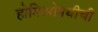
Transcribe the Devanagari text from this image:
होमिओपथीची